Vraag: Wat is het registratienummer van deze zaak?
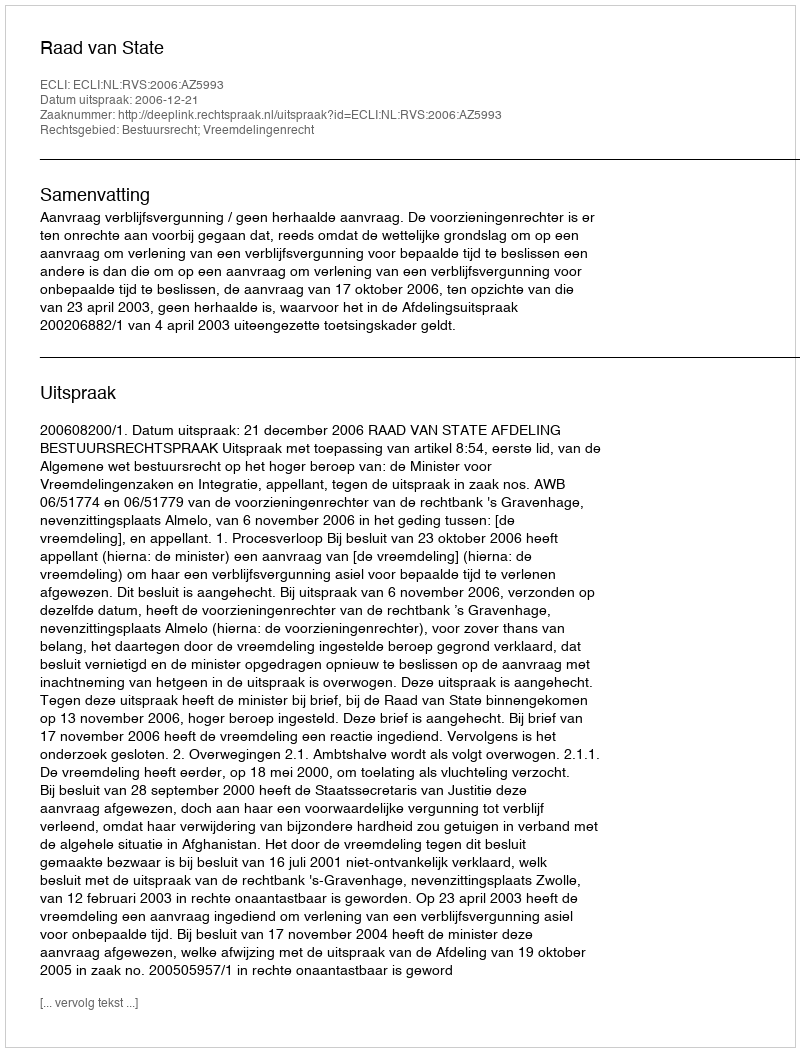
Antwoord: http://deeplink.rechtspraak.nl/uitspraak?id=ECLI:NL:RVS:2006:AZ5993